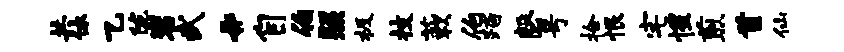
共休乙陇岩武#自伯照极技蔌伯踏磬号拾恨宅惺煎首仙